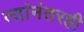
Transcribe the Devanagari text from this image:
त्यांनंतरही